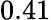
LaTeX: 0.41